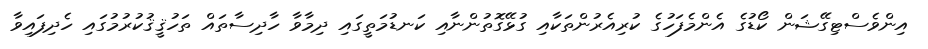
އިންވެސްޓިގޭޝަން ކޯޑުގެ އެންމެފަހުގެ ކުރިއެރުންތަކާއި ގުޅޭގޮތުންނާއި ކަނޑުމަތީގައި ދިމާވާ ހާދިސާތައް ތަހުޤީޤުކުރުމުގައި ހެދިފައިވާ